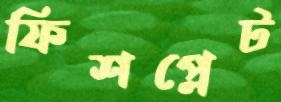
ফিশপ্লেট